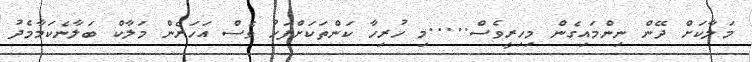
މަލާކަށް ދޭން ނިންމައިގެން މިހިރީވެސް.....މި ހުރިހާ ކަންތަކަށްފަހު ވެސް އަހަރެން މަލާކް ބަލާނެކަމާމެދު